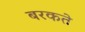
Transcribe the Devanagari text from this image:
बरकते